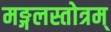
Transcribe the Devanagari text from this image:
मङ्गलस्तोत्रम्